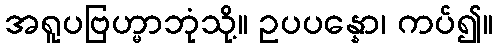
အရူပဗြဟ္မာဘုံသို့။ ဥပပန္နော၊ ကပ်၍။